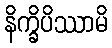
နိက္ခိပိဿာမိ